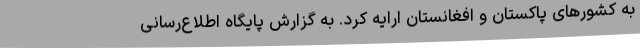
به کشورهای پاکستان و افغانستان ارایه کرد. به گزارش پایگاه اطلاع‌رسانی